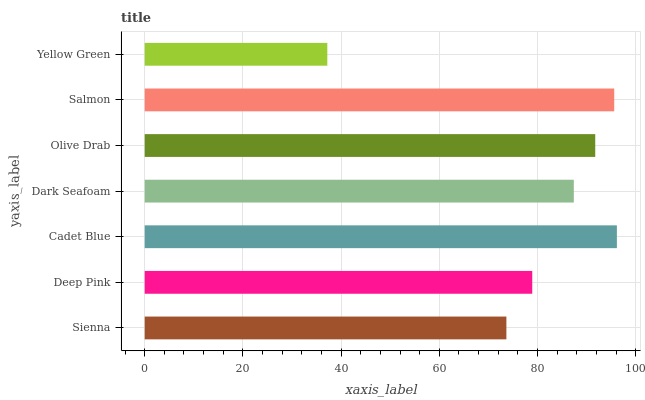
| yaxis_label | bars |
 | --- | --- |
 | Sienna | 73.7 |
 | Deep Pink | 78.9 |
 | Cadet Blue | 96.2 |
 | Dark Seafoam | 87.4 |
 | Olive Drab | 91.8 |
 | Salmon | 95.6 |
 | Yellow Green | 37.2 |